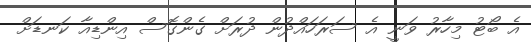
އެ ބޯޓު މިހާރު ވަނީ އެ ސަރަހައްދުން ދުރަށް ގެންގޮސް އިންޑިއާ ކަނޑަށް